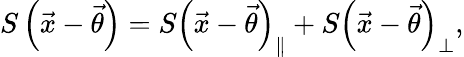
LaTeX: S\left(\vec{x}-\vec{\theta}\right)=S\left(\vec{x}-\vec{\theta}\right)_{\parallel}+S\left(\vec{x}-\vec{\theta}\right)_{\perp},